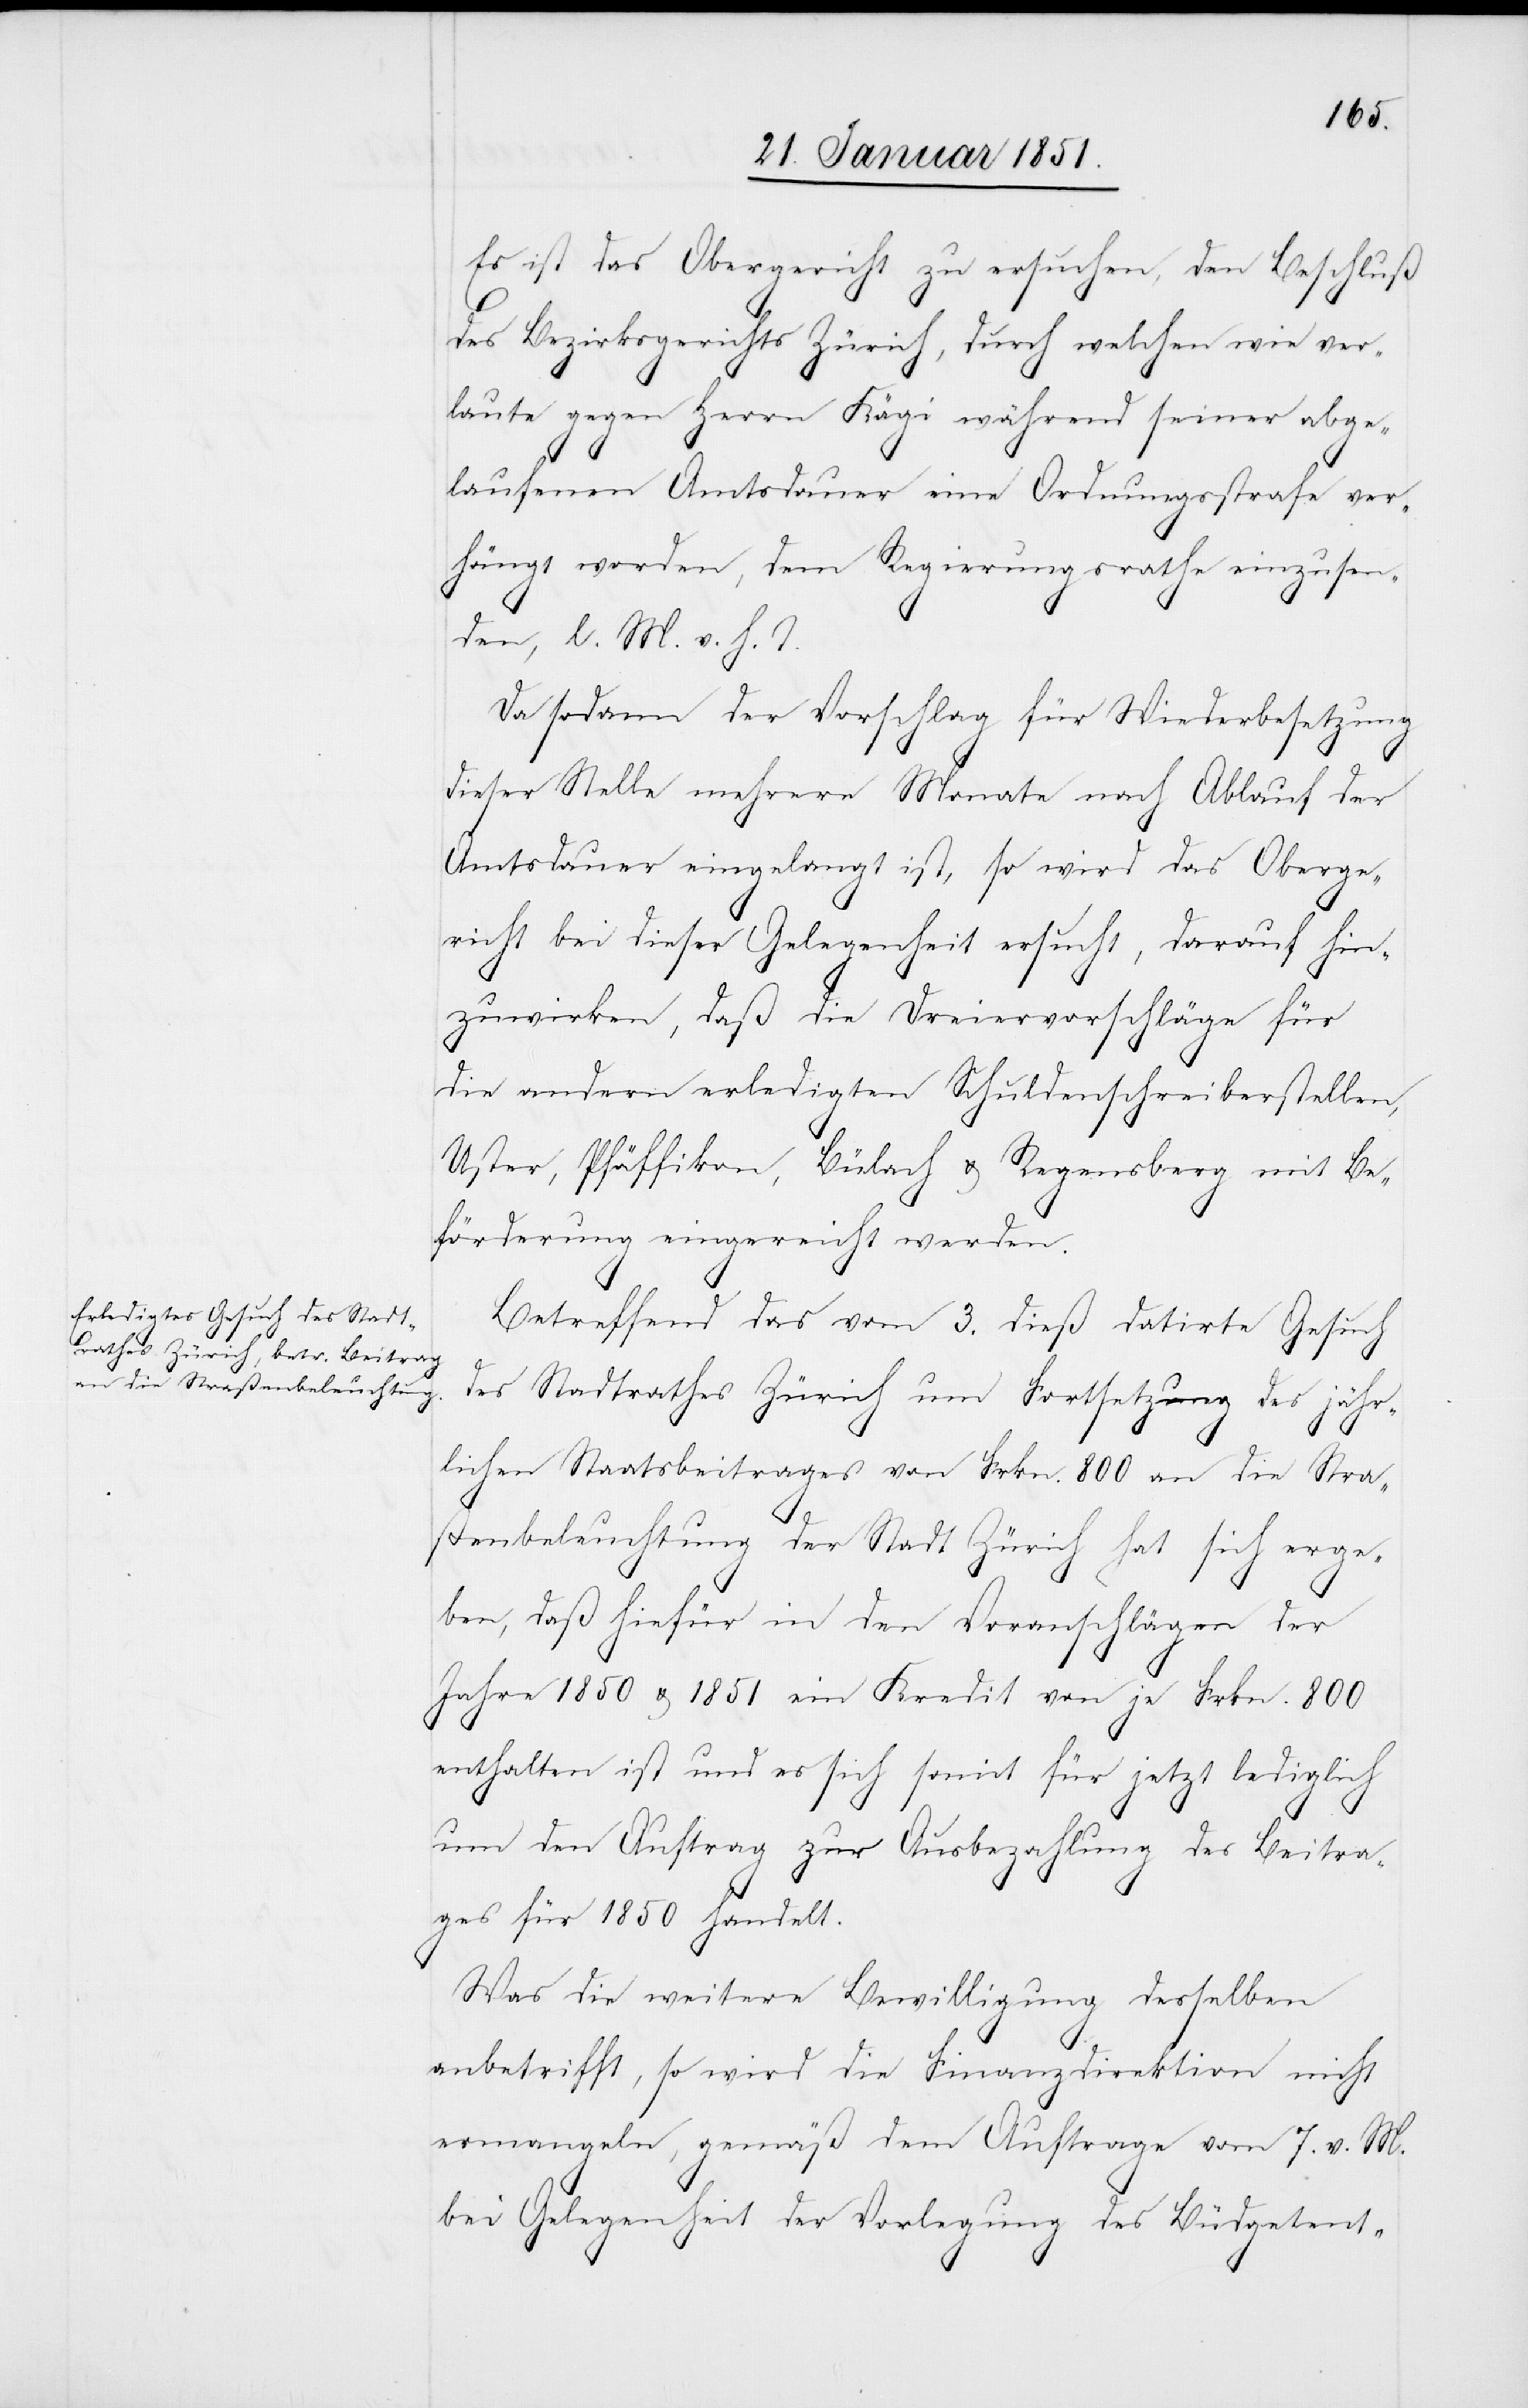
Es ist das Obergericht zu ersuchen, den Beschluß
des Bezirksgerichts Zürich, durch welchen wie ver¬
laute gegen Herrn Kägi während seiner abge¬
laufenen Amtsdauer eine Ordnungsstrafe ver¬
hängt worden, dem Regierungsrathe einzusen¬
den, l. M. v. h. T.
Da sodann der Vorschlag für Wiederbesetzung
dieser Stelle mehrere Monate nach Ablauf der
Amtsdauer eingelangt ist, so wird das Oberge¬
richt bei dieser Gelegenheit ersucht, darauf hin¬
zuwirken, daß die Dreiervorschläge für
die andern erledigten Schuldenschreiberstellen,
Uster, Pfäffikon, Bülach & Regensberg mit Be¬
förderung eingereicht werden.
Betreffend das vom 3. dieß datirte Gesuch
des Stadtrathes Zürich um Fortsetzung des jähr¬
lichen Staatsbeitrages von Frkn. 800 an die Stra¬
ßenbeleuchtung der Stadt Zürich hat sich erge¬
ben, daß hiefür in den Voranschlägen der
Jahre 1850 & 1851 ein Kredit von je Frkn. 800
enthalten ist und es sich somit für jetzt lediglich
um den Auftrag zur Ausbezahlung des Beitra¬
ges für 1850 handelt.
Was die weitere Bewilligung desselben
anbetrifft, so wird die Finanzdirektion nicht
ermangeln, gemäß dem Auftrage vom 7. v. M.
bei Gelegenheit der Vorlegung des Büdgetent-